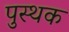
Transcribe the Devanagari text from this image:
पुस्थक